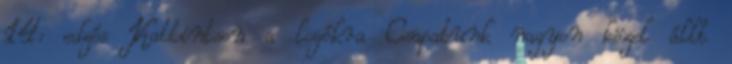
14: edzés Kattintson a logókra Csapatunk nagyon közel állt